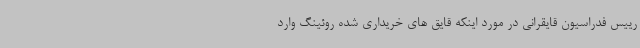
رییس فدراسیون قایقرانی در مورد اینکه قایق های خریداری شده روئینگ وارد